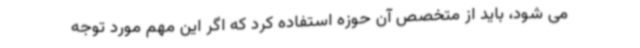
می شود، باید از متخصص آن حوزه استفاده کرد که اگر این مهم مورد توجه